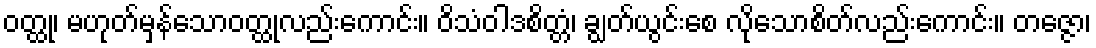
ဝတ္ထု၊ မဟုတ်မှန်သောဝတ္ထုလည်းကောင်း။ ဝိသံဝါဒစိတ္တံ၊ ချွတ်ယွင်းစေ လိုသောစိတ်လည်းကောင်း။ တဇ္ဇော၊